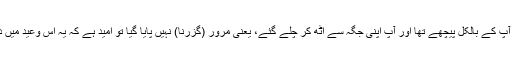
البتہ وہ شخص آپ کے بالکل پیچھے تھا اور آپ اپنی جگہ سے اٹھ کر چلے گئے، یعنی مرور (گزرنا) نہیں پایا گیا تو امید ہے کہ یہ اس وعید میں داخل نہیں ہوگا۔